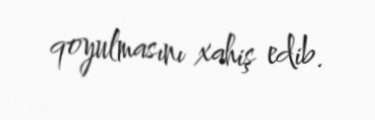
qoyulmasını xahiş edib.